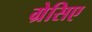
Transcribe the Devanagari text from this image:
ग्रेसिए